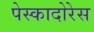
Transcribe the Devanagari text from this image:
पेस्कादोरेस